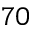
7 0